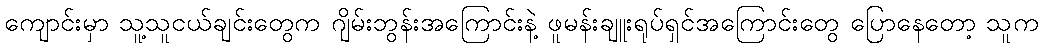
ကျောင်းမှာ သူ့သူငယ်ချင်းတွေက ဂျိမ်းဘွန်းအကြောင်းနဲ့ ဖူမန်းချူးရုပ်ရှင်အကြောင်းတွေ ပြောနေတော့ သူက